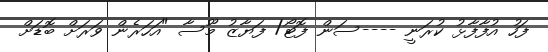
ފަހު އުފާފާޅު ކުރަނީ ----ސަން ފޮޓޯ/ ފަޔާޒު މޫސާ "އަހަރެން ވަރަށް ބޮޑަށް